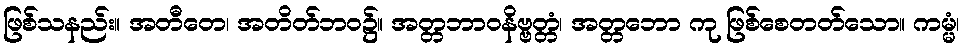
ဖြစ်သနည်း။ အတီတေ၊ အတိတ်ဘဝ၌။ အတ္တဘာဝနိဗ္ဗတ္တံ၊ အတ္တဘော ကု ဖြစ်စေတတ်သော။ ကမ္မံ၊